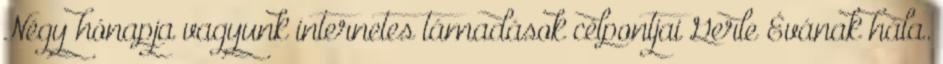
Négy hónapja vagyunk internetes támadások célpontjai Gerle Évának hála.